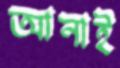
আনাই